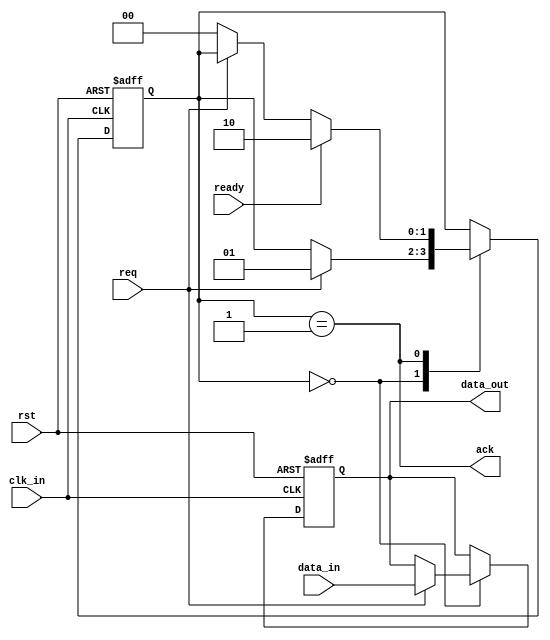
module synchronizer (
    input wire clk_in,
    input wire rst,
    input wire data_in,
    output wire data_out,
    input wire req,
    output wire ack,
    input wire ready
);

reg sync_data;
reg [1:0] state;

always @ (posedge clk_in or posedge rst) begin
    if (rst) begin
        sync_data <= 1'b0;
        state <= 2'b00;
    end else begin
        case (state)
            2'b00: begin // idle state
                if (req) begin
                    state <= 2'b01;
                    sync_data <= data_in;
                end
            end
            2'b01: begin // wait state
                if (ready) begin
                    state <= 2'b10;
                end else if (!req) begin
                    state <= 2'b00;
                end
            end
            2'b10: begin // transmit state
                if (ack) begin
                    state <= 2'b00;
                end
            end
        endcase
    end
end

assign ack = (state == 2'b01);
assign data_out = sync_data;

endmodule